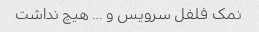
نمک فلفل سرویس و … هیچ نداشت